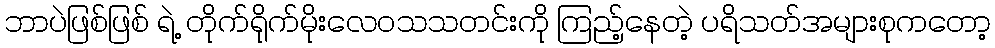
ဘာပဲဖြစ်ဖြစ် ရဲ့ တိုက်ရိုက်မိုးလေဝသသတင်းကို ကြည့်နေတဲ့ ပရိသတ်အများစုကတော့